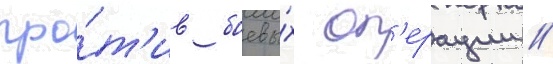
про́т'ив боевы́х оп'ерации //